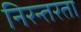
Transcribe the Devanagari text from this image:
निरन्‍तरता